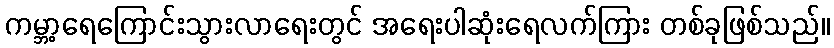
ကမ္ဘာ့ရေကြောင်းသွားလာရေးတွင် အရေးပါဆုံးရေလက်ကြား တစ်ခုဖြစ်သည်။